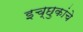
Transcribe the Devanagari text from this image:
इच्छुकांचे